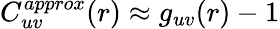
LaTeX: C_{uv}^{approx}(r)\approx g_{uv}(r)-1